Indian journal of veterinary science and animal husbandry - Volumes 24-25, 1954-1955
Year: 1954
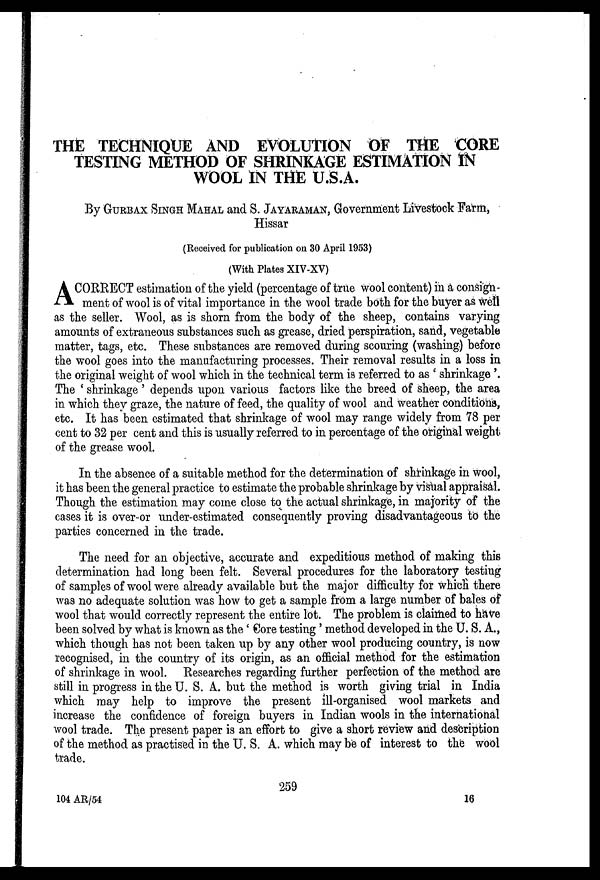
THE TECHNIQUE AND EVOLUTION OF THE CORE
TESTING METHOD OF SHRINKAGE ESTIMATION IN
WOOL IN THE U.S.A.
By GURBAX SINGH MAHAL and S. JAYARAMAN, Government Livestock Farm,
Hissar
(Received for publication on 30 April 1953)
(With Plates XIV-XV)
A CORRECT estimation of the yield (percentage of true wool content) in a consign-
ment of wool is of vital importance in the wool trade both for the buyer as well
as the seller. Wool, as is shorn from the body of the sheep, contains varying
amounts of extraneous substances such as grease, dried perspiration, sand, vegetable
matter, tags, etc. These substances are removed during scouring (washing) before
the wool goes into the manufacturing processes. Their removal results in a loss in
the original weight of wool which in the technical term is referred to as ' shrinkage '.
The ' shrinkage ' depends upon various factors like the breed of sheep, the area
in which they graze, the nature of feed, the quality of wool and weather conditions,
etc. It has been estimated that shrinkage of wool may range widely from 78 per
cent to 32 per cent and this is usually referred to in percentage of the original weight
of the grease wool.
In the absence of a suitable method for the determination of shrinkage in wool,
it has been the general practice to estimate the probable shrinkage by visual appraisal.
Though the estimation may come close to the actual shrinkage, in majority of the
cases it is over-or under-estimated consequently proving disadvantageous to the
parties concerned in the trade.
The need for an objective, accurate and expeditious method of making this
determination had long been felt. Several procedures for the laboratory testing
of samples of wool were already available but the major difficulty for which there
was no adequate solution was how to get a sample from a large number of bales of
wool that would correctly represent the entire lot. The problem is claimed to have
been solved by what is known as the ' Core testing ' method developed in the U. S. A.,
which though has not been taken up by any other wool producing country, is now
recognised, in the country of its origin, as an official method for the estimation
of shrinkage in wool. Researches regarding further perfection of the method are
still in progress in the U. S. A. but the method is worth giving trial in India
which may help to improve the present ill-organised wool markets and
increase the confidence of foreign buyers in Indian wools in the international
wool trade. The present paper is an effort to give a short review and description
of the method as practised in the U. S. A. which may be of interest to the wool
trade.
259
104 AR/54
16